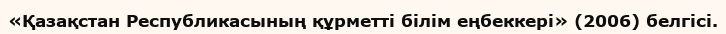
«Қазақстан Республикасының құрметті білім еңбеккері» (2006) белгісі.